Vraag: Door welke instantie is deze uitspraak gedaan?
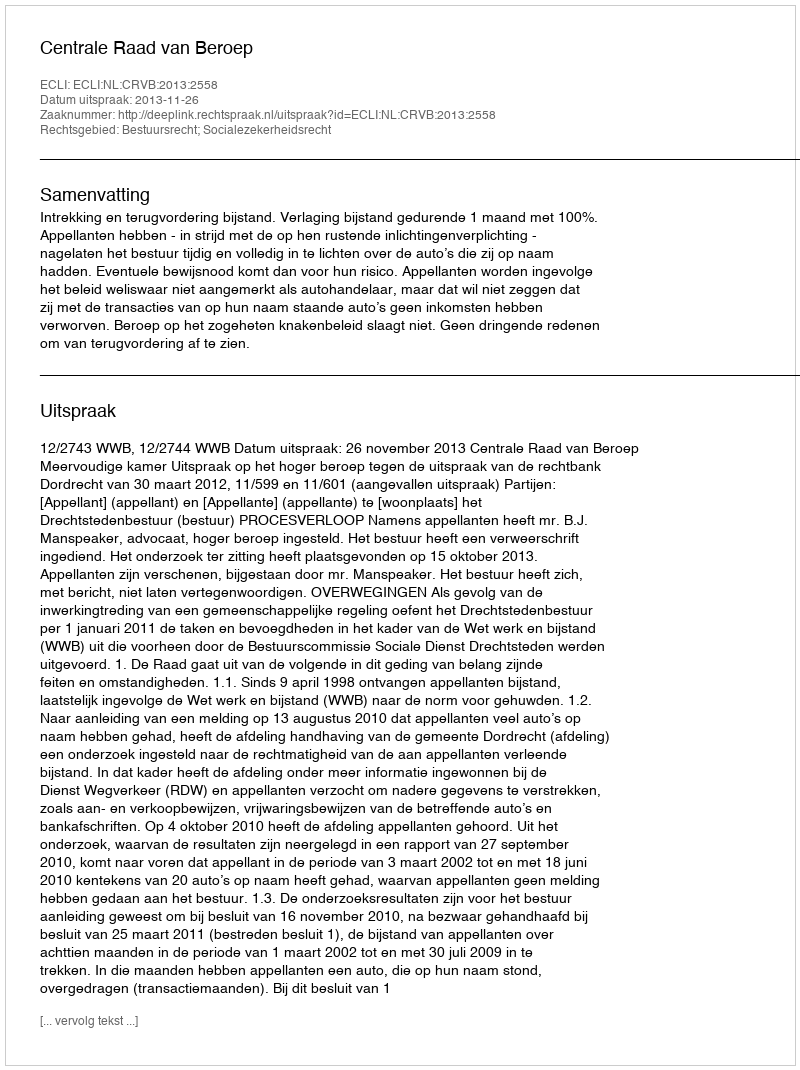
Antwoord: Centrale Raad van Beroep